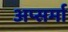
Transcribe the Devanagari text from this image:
अप्सर्मा